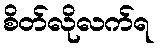
စိတ်လိုလက်ရ